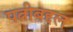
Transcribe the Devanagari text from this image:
पत्नीबद्दल